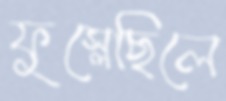
ফুস্‌লেছিলে